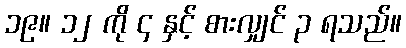
၁၉။ ၁၂ ကို ၄ နှင့် စားလျှင် ၃ ရသည်။